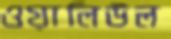
ওয়ালিউল